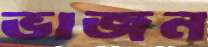
ভাজন